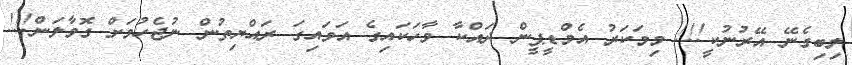
ލިބިގެނޭ އޭރުނުކީ!!! މިމަކަރު އެމްޑީޕީން ދައްކާ ވާހަކައިގެ އަވައިގަ ރައްޔިތުން ނުޖެހުމަށް ގޮވާލަން!!!